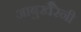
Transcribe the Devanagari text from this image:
आबुखैरेनी